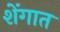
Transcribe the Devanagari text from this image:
शेंगात